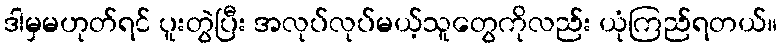
ဒါမှမဟုတ်ရင် ပူးတွဲပြီး အလုပ်လုပ်မယ့်သူတွေကိုလည်း ယုံကြည်ရတယ်။